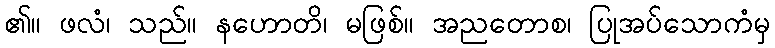
၏။ ဖလံ၊ သည်။ နဟောတိ၊ မဖြစ်။ အညတောစ၊ ပြုအပ်သောကံမှ